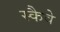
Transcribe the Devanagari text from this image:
स्कैवे